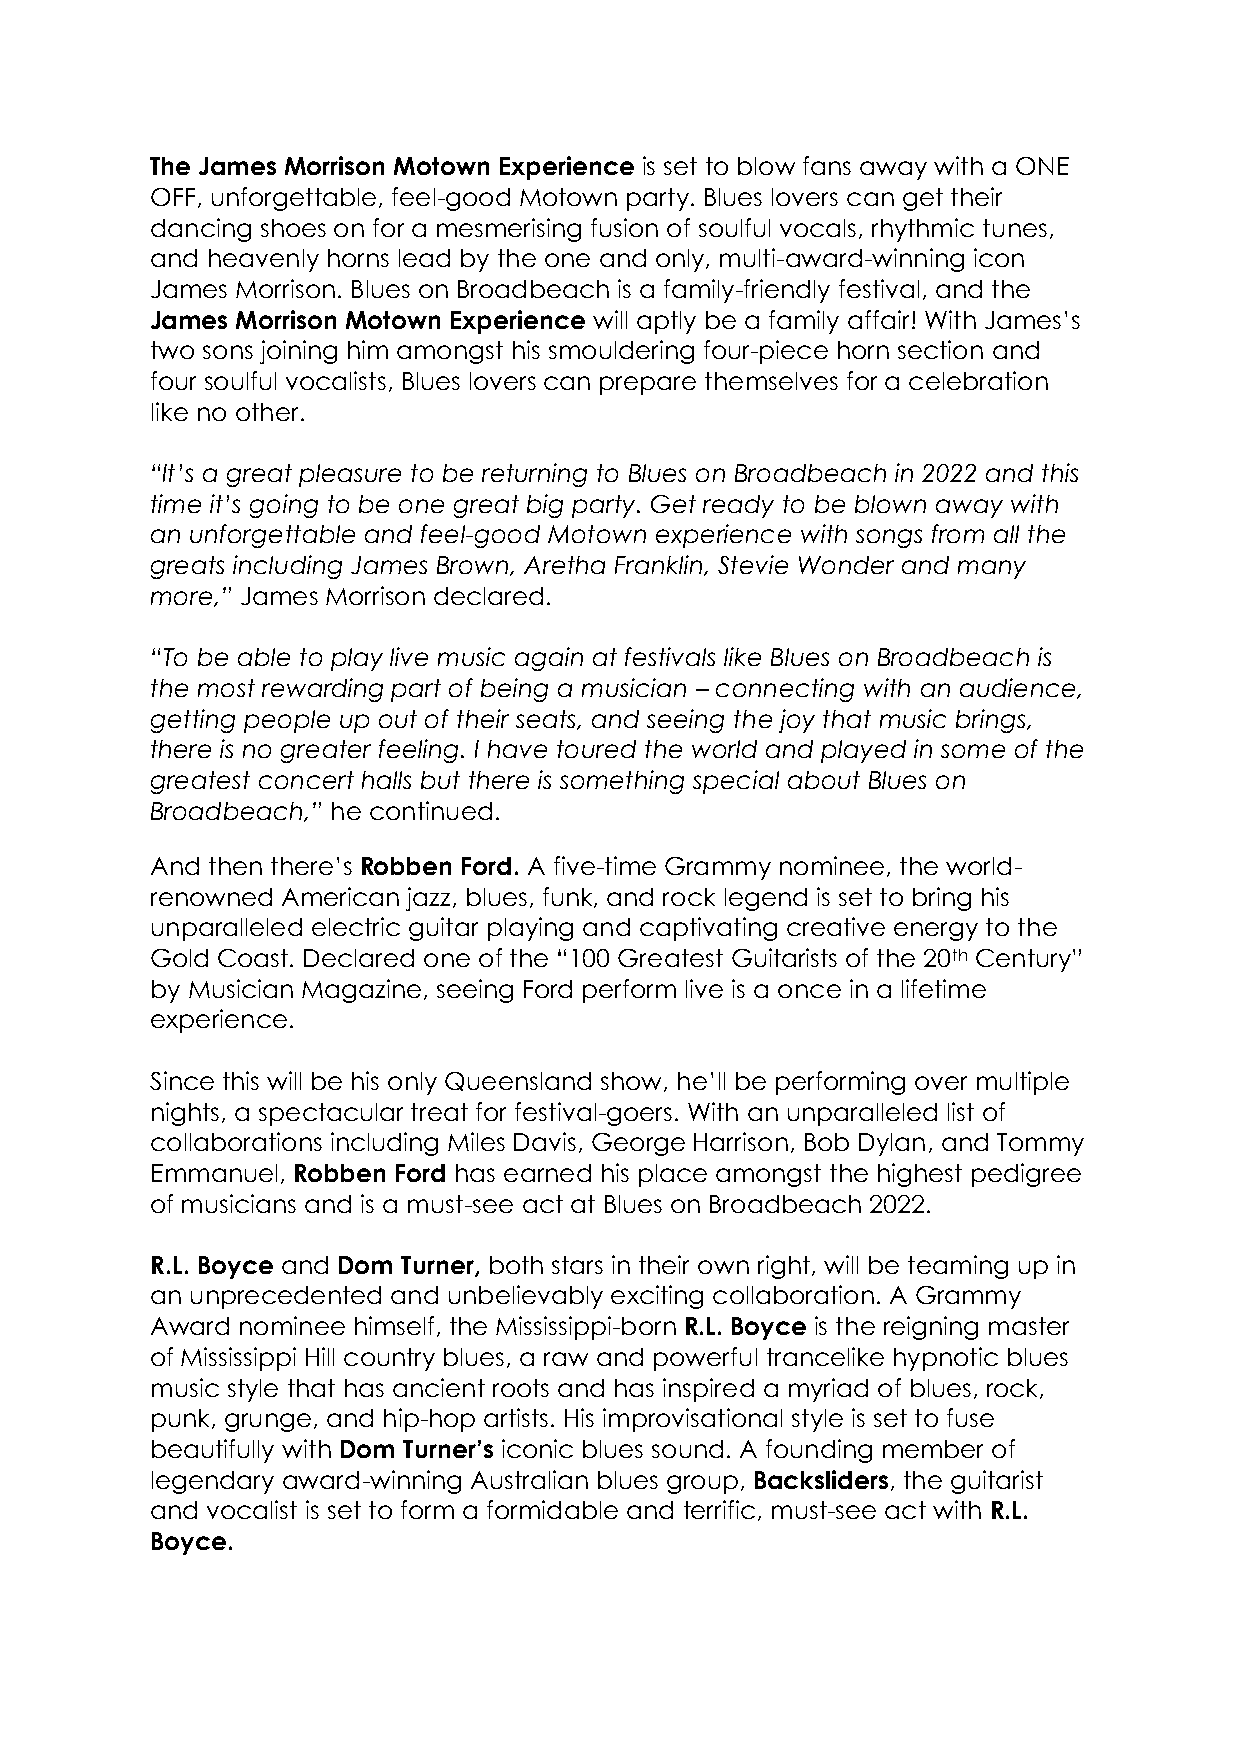
The James Morrison Motown Experience is set to blow fans away with a ONE
 OFF, unforgettable, feel-good Motown party. Blues lovers can get their
 dancing shoes on for a mesmerising fusion of soulful vocals, rhythmic tunes,
 and heavenly horns lead by the one and only, multi-award-winning icon
 James Morrison. Blues on Broadbeach is a family-friendly festival, and the
 James Morrison Motown Experience will aptly be a family affair! With James’s
 two sons joining him amongst his smouldering four-piece horn section and
 four soulful vocalists, Blues lovers can prepare themselves for a celebration
 like no other.
 “It’s a great pleasure to be returning to Blues on Broadbeach in 2022 and this
 time it’s going to be one great big party. Get ready to be blown away with
 an unforgettable and feel-good Motown experience with songs from all the
 greats including James Brown, Aretha Franklin, Stevie Wonder and many
 more,” James Morrison declared.
 “To be able to play live music again at festivals like Blues on Broadbeach is
 the most rewarding part of being a musician – connecting with an audience,
 getting people up out of their seats, and seeing the joy that music brings,
 there is no greater feeling. I have toured the world and played in some of the
 greatest concert halls but there is something special about Blues on
 Broadbeach,” he continued.
 And then there’s Robben Ford. A five-time Grammy nominee, the world-
 renowned American jazz, blues, funk, and rock legend is set to bring his
 unparalleled electric guitar playing and captivating creative energy to the
 Gold Coast. Declared one of the “100 Greatest Guitarists of the 20th Century”
 by Musician Magazine, seeing Ford perform live is a once in a lifetime
 experience.
 Since this will be his only Queensland show, he’ll be performing over multiple
 nights, a spectacular treat for festival-goers. With an unparalleled list of
 collaborations including Miles Davis, George Harrison, Bob Dylan, and Tommy
 Emmanuel, Robben Ford has earned his place amongst the highest pedigree
 of musicians and is a must-see act at Blues on Broadbeach 2022.
 R.L. Boyce and Dom Turner, both stars in their own right, will be teaming up in
 an unprecedented and unbelievably exciting collaboration. A Grammy
 Award nominee himself, the Mississippi-born R.L. Boyce is the reigning master
 of Mississippi Hill country blues, a raw and powerful trancelike hypnotic blues
 music style that has ancient roots and has inspired a myriad of blues, rock,
 punk, grunge, and hip-hop artists. His improvisational style is set to fuse
 beautifully with Dom Turner’s iconic blues sound. A founding member of
 legendary award-winning Australian blues group, Backsliders, the guitarist
 and vocalist is set to form a formidable and terrific, must-see act with R.L.
 Boyce.